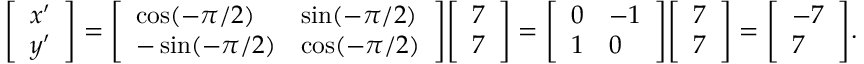
{ \left[ \begin{array} { l } { x ^ { \prime } } \\ { y ^ { \prime } } \end{array} \right] } = { \left[ \begin{array} { l l } { \cos ( - \pi / 2 ) } & { \sin ( - \pi / 2 ) } \\ { - \sin ( - \pi / 2 ) } & { \cos ( - \pi / 2 ) } \end{array} \right] } { \left[ \begin{array} { l } { 7 } \\ { 7 } \end{array} \right] } = { \left[ \begin{array} { l l } { 0 } & { - 1 } \\ { 1 } & { 0 } \end{array} \right] } { \left[ \begin{array} { l } { 7 } \\ { 7 } \end{array} \right] } = { \left[ \begin{array} { l } { - 7 } \\ { 7 } \end{array} \right] } .